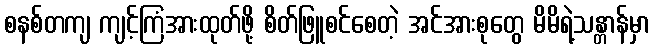
စနစ်တကျ ကျင့်ကြံအားထုတ်ဖို့ စိတ်ဖြူစင်စေတဲ့ အင်အားစုတွေ မိမိရဲ့သန္တာန်မှာ